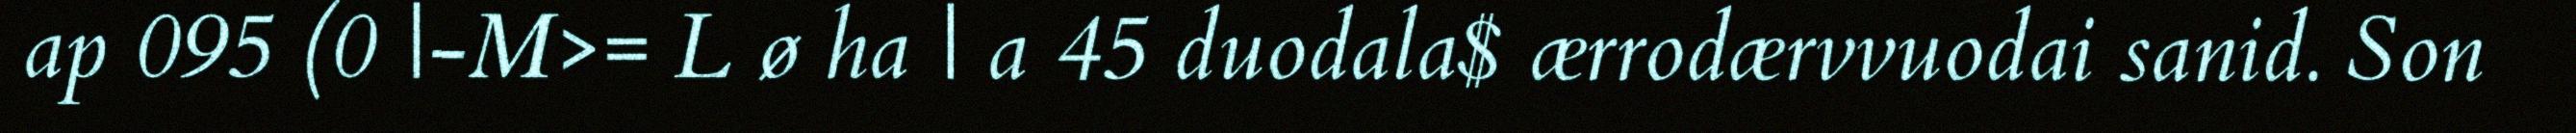
ap 095 (0 |-M>= L ø ha | a 45 duodala$ ærrodærvvuodai sanid. Son